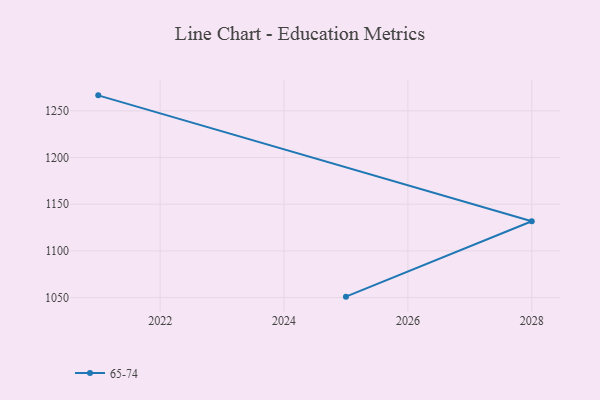
{"axis": {"x": "Year", "y": "Operating Costs (USD K)"}, "legend": ["65-74"], "data": [{"x": "2025", "y": 1051.0, "type": "65-74"}, {"x": "2028", "y": 1131.8, "type": "65-74"}, {"x": "2021", "y": 1266.6, "type": "65-74"}]}